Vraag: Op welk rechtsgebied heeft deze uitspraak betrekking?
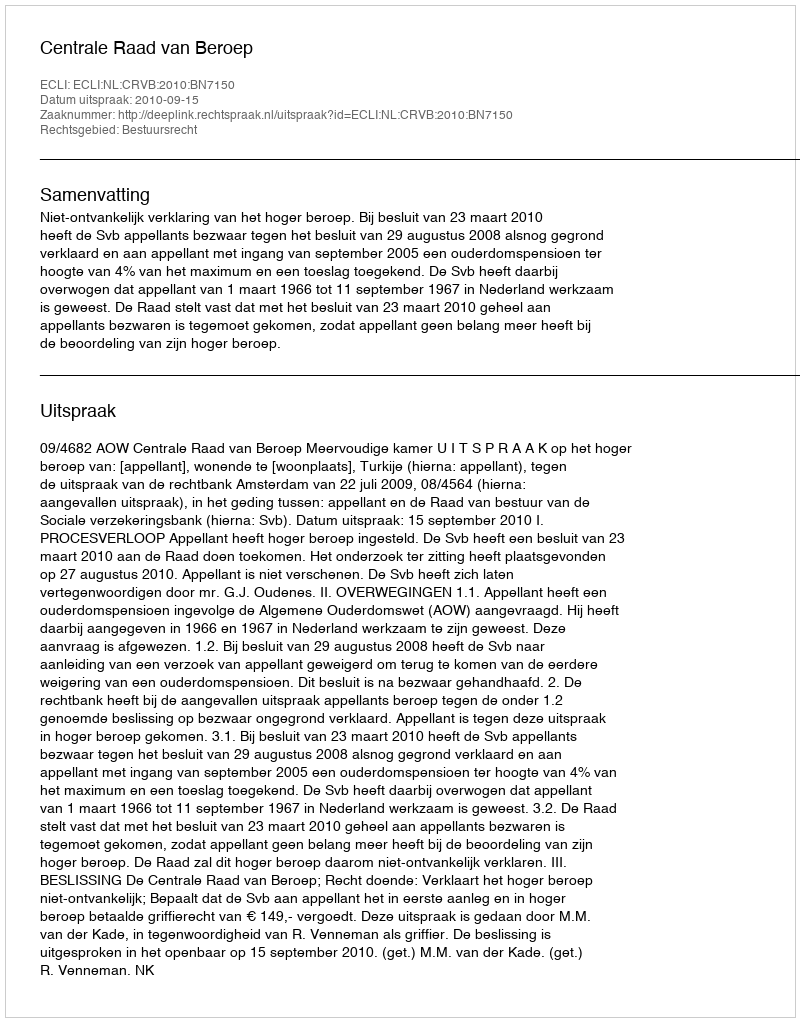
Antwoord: Bestuursrecht